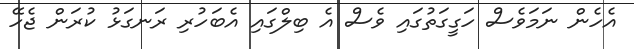
އެހެން ނަމަވެސް ހަގީގަތުގައި ވެސް އެ ބިލްގައި އެބަހުރި ރަނގަޅު ކުރަން ޖެހޭ